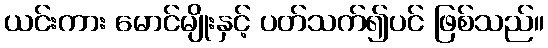
ယင်းကား မောင်မျိုးနှင့် ပတ်သက်၍ပင် ဖြစ်သည်။